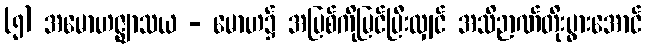
(၅) အမောဟဇ္ဈာသယ - မောဟ၌ အပြစ်ကိုမြင်ပြီးလျှင် အသိဉာဏ်တိုးပွားအောင်